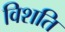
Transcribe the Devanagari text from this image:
विशति